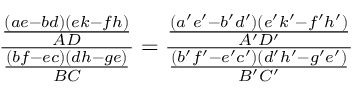
\frac { \frac { ( a e - b d ) ( e k - f h ) } { A D } } { \frac { ( b f - e c ) ( d h - g e ) } { B C } } = \frac { \frac { ( a ^ { \prime } e ^ { \prime } - b ^ { \prime } d ^ { \prime } ) ( e ^ { \prime } k ^ { \prime } - f ^ { \prime } h ^ { \prime } ) } { A ^ { \prime } D ^ { \prime } } } { \frac { ( b ^ { \prime } f ^ { \prime } - e ^ { \prime } c ^ { \prime } ) ( d ^ { \prime } h ^ { \prime } - g ^ { \prime } e ^ { \prime } ) } { B ^ { \prime } C ^ { \prime } } }